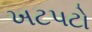
ખટપટો